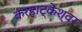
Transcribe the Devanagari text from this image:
करहाट्केश्वर